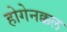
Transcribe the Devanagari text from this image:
होगेनक्कल